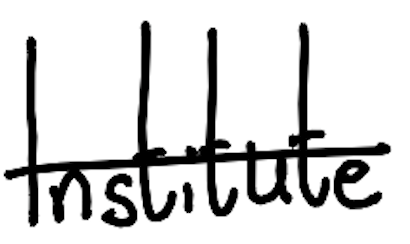
Text: Institute
Cross-out: single-line
Writing tool: digital_black